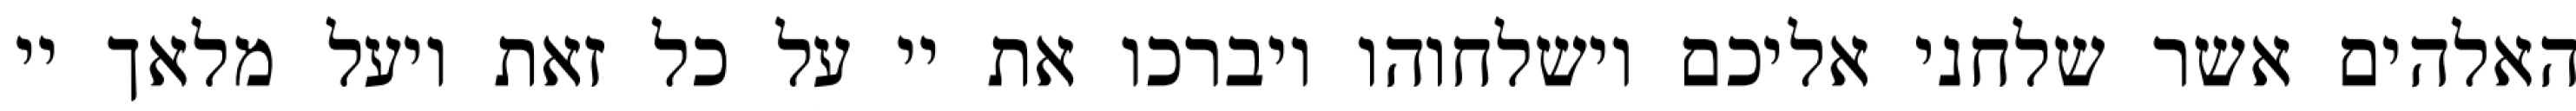
האלהים אשר שלחני אליכם וישלחוהו ויברכו את יי על כל זאת ויעל מלאך יי